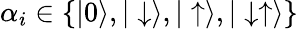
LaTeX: \alpha_{i}\in\{ |0\rangle,|\downarrow\rangle,|\uparrow\rangle,|\downarrow\uparrow\rangle\}